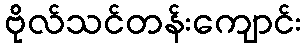
ဗိုလ်သင်တန်းကျောင်း